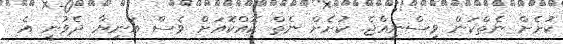
ކުށެށް ނެތްކަން ވިސްނިއްޖެ. ކުށެށް ނެތް ކޮއްކޮއަށް ވެސް އަނިޔާ ދެވުނީ އެ